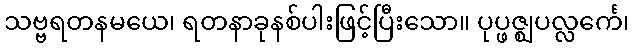
သဗ္ဗရတနမယေ၊ ရတနာခုနစ်ပါးဖြင့်ပြီးသော။ ပုပ္ဖဇ္ဈပလ္လင်္ကေ၊